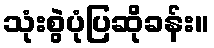
သုံးစွဲပုံပြဆိုခန်း။